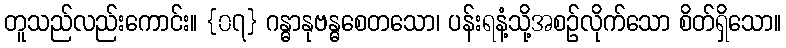
တူသည်လည်းကောင်း။ {၀၇} ဂန္ဓာနုဗန္ဓစေတသော၊ ပန်းရနံ့သို့အစဉ်လိုက်သော စိတ်ရှိသော။